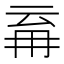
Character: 𭁪